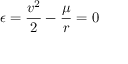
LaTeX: \epsilon = { \frac { v ^ { 2 } } { 2 } } - { \frac { \mu } { r } } = 0